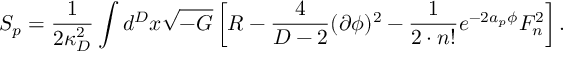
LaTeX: S _ { p } = { \frac { 1 } { 2 \kappa _ { D } ^ { 2 } } } \int d ^ { D } x \sqrt { - G } \left[ { \cal R } - { \frac { 4 } { D - 2 } } ( \partial \phi ) ^ { 2 } - { \frac { 1 } { 2 \cdot n ! } } e ^ { - 2 a _ { p } \phi } F _ { n } ^ { 2 } \right] .